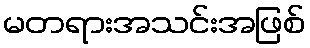
မတရားအသင်းအဖြစ်